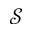
\mathcal { S }